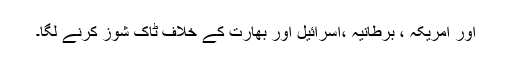
اور امریکہ ، برطانیہ ،اسرائیل اور بھارت کے خلاف ٹاک شوز کرنے لگا۔